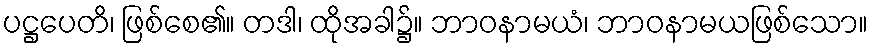
ပဋ္ဌပေတိ၊ ဖြစ်စေ၏။ တဒါ၊ ထိုအခါ၌။ ဘာဝနာမယံ၊ ဘာဝနာမယဖြစ်သော။